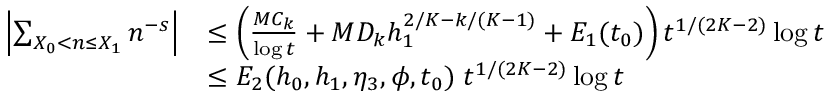
\begin{array} { r l } { \left| \sum _ { X _ { 0 } < n \le X _ { 1 } } n ^ { - s } \right| } & { \le \left( \frac { M C _ { k } } { \log t } + M D _ { k } h _ { 1 } ^ { 2 / K - k / ( K - 1 ) } + E _ { 1 } ( t _ { 0 } ) \right) t ^ { 1 / ( 2 K - 2 ) } \log t } \\ & { \le E _ { 2 } ( h _ { 0 } , h _ { 1 } , \eta _ { 3 } , \phi , t _ { 0 } ) \; t ^ { 1 / ( 2 K - 2 ) } \log t } \end{array}